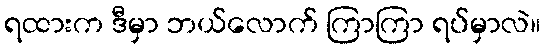
ရထားက ဒီမှာ ဘယ်လောက် ကြာကြာ ရပ်မှာလဲ။